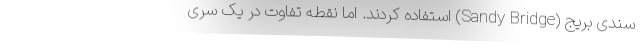
سندی بریج (Sandy Bridge) استفاده کردند. اما نقطه تفاوت در یک سری